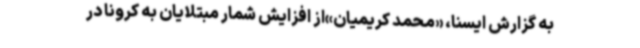
به گزارش ایسنا، «محمد کریمیان»از افزایش شمار مبتلایان به کرونا در